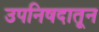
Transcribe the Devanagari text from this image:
उपनिषदातून